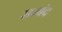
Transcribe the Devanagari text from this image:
सम्बंद